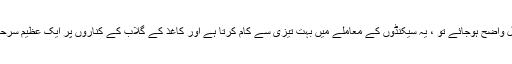
ایک بار جب عمل واضح ہوجائے تو ، یہ سیکنڈوں کے معاملے میں بہت تیزی سے کام کرتا ہے اور کاغذ کے گلاب کے کناروں پر ایک عظیم سرحد تشکیل دیتا ہے۔